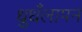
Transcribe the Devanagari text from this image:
धुधँलापन